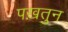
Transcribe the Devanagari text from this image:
पख़तुन